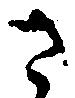
さ